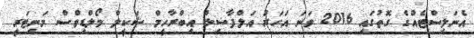
އެނަލިސްޓެއްގެ ގޮތުގައި 2016 ވަނަ އަހަރު އަލްފާޟިލް އިބްރާހީމް ޝަކީލް މޯލްޑިވްސް މަނިޓަރީ